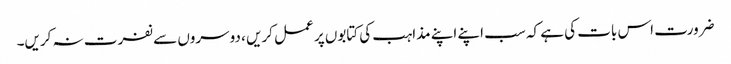
ضرورت اس بات کی ہے کہ سب اپنے اپنے مذاہب کی کتابوں پر عمل کریں ، دوسروں سے نفرت نہ کریں۔